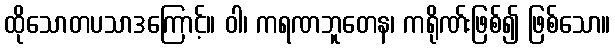
ထိုသောတပသာဒကြောင့်။ ဝါ၊ ကရဏဘူတေန၊ ကရိုဏ်းဖြစ်၍ ဖြစ်သော။